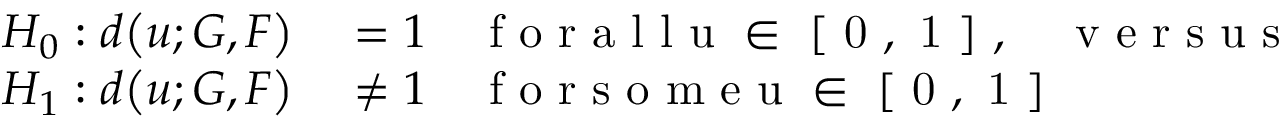
\begin{array} { r l } { H _ { 0 } : d \bigl ( u ; G , F \bigl ) } & { { } = 1 \quad \mathrm { ~ f ~ o ~ r ~ a ~ l ~ l ~ u ~ \in ~ [ ~ 0 ~ , ~ 1 ~ ] ~ } , \quad \mathrm { ~ v ~ e ~ r ~ s ~ u ~ s ~ } } \\ { \quad H _ { 1 } : d \bigl ( u ; G , F \bigl ) } & { { } \neq 1 \quad \mathrm { ~ f ~ o ~ r ~ s ~ o ~ m ~ e ~ u ~ \in ~ [ ~ 0 ~ , ~ 1 ~ ] ~ } } \end{array}